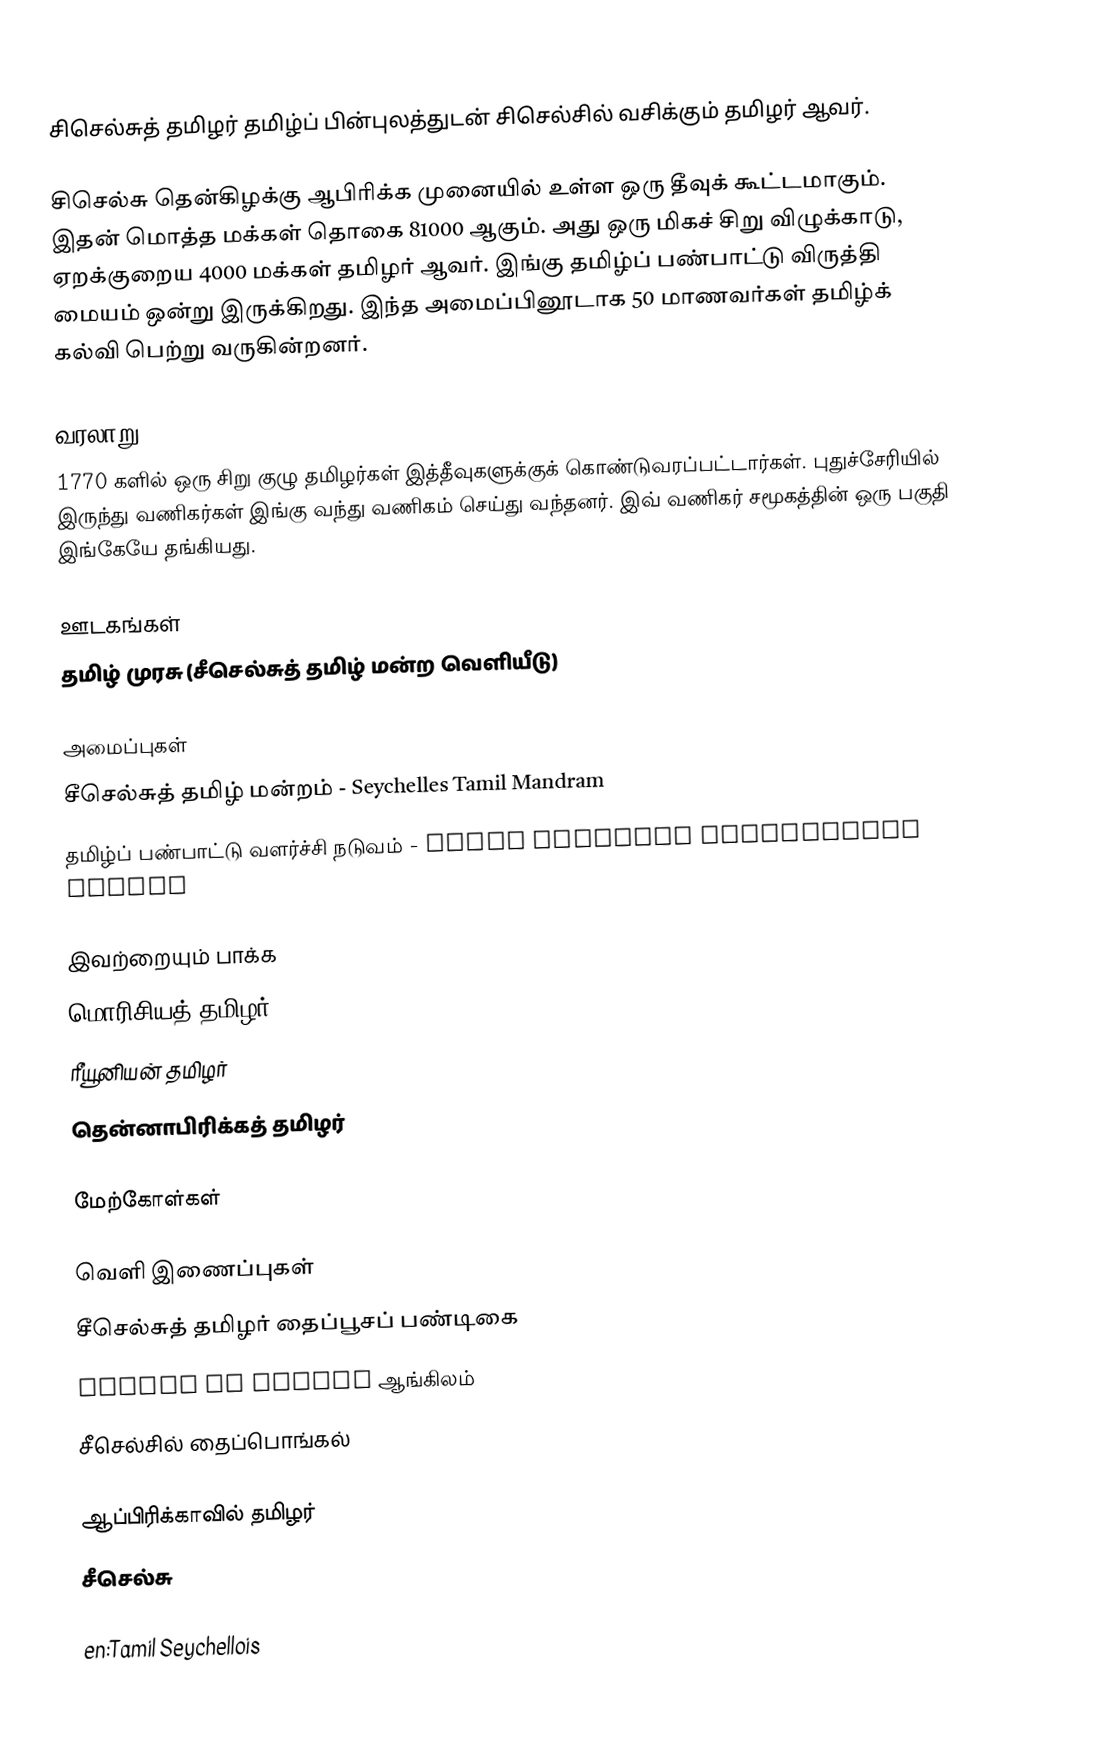
சிசெல்சுத் தமிழர் தமிழ்ப் பின்புலத்துடன் சிசெல்சில் வசிக்கும் தமிழர் ஆவர்.

சிசெல்சு தென்கிழக்கு ஆபிரிக்க முனையில் உள்ள ஒரு தீவுக் கூட்டமாகும். இதன் மொத்த மக்கள் தொகை 81000 ஆகும். அது ஒரு மிகச் சிறு விழுக்காடு, ஏறக்குறைய 4000 மக்கள் தமிழர் ஆவர். இங்கு தமிழ்ப் பண்பாட்டு விருத்தி மையம் ஒன்று இருக்கிறது. இந்த அமைப்பினூடாக 50 மாணவர்கள் தமிழ்க் கல்வி பெற்று வருகின்றனர்.

வரலாறு
1770 களில் ஒரு சிறு குழு தமிழர்கள் இத்தீவுகளுக்குக் கொண்டுவரப்பட்டார்கள். புதுச்சேரியில் இருந்து வணிகர்கள் இங்கு வந்து வணிகம் செய்து வந்தனர். இவ் வணிகர் சமூகத்தின் ஒரு பகுதி இங்கேயே தங்கியது.

ஊடகங்கள்
 தமிழ் முரசு (சீசெல்சுத் தமிழ் மன்ற வெளியீடு)

அமைப்புகள்
 சீசெல்சுத் தமிழ் மன்றம் - Seychelles Tamil Mandram
 தமிழ்ப் பண்பாட்டு வளர்ச்சி நடுவம் - Tamil Cultural Development Centre

இவற்றையும் பாக்க
 மொரிசியத் தமிழர்
 ரீயூனியன் தமிழர்
 தென்னாபிரிக்கத் தமிழர்

மேற்கோள்கள்

வெளி இணைப்புகள்
 சீசெல்சுத் தமிழர் தைப்பூசப் பண்டிகை
 Tamils in Africa ஆங்கிலம்
 சீசெல்சில் தைப்பொங்கல்

ஆப்பிரிக்காவில் தமிழர்
சீசெல்சு

en:Tamil Seychellois